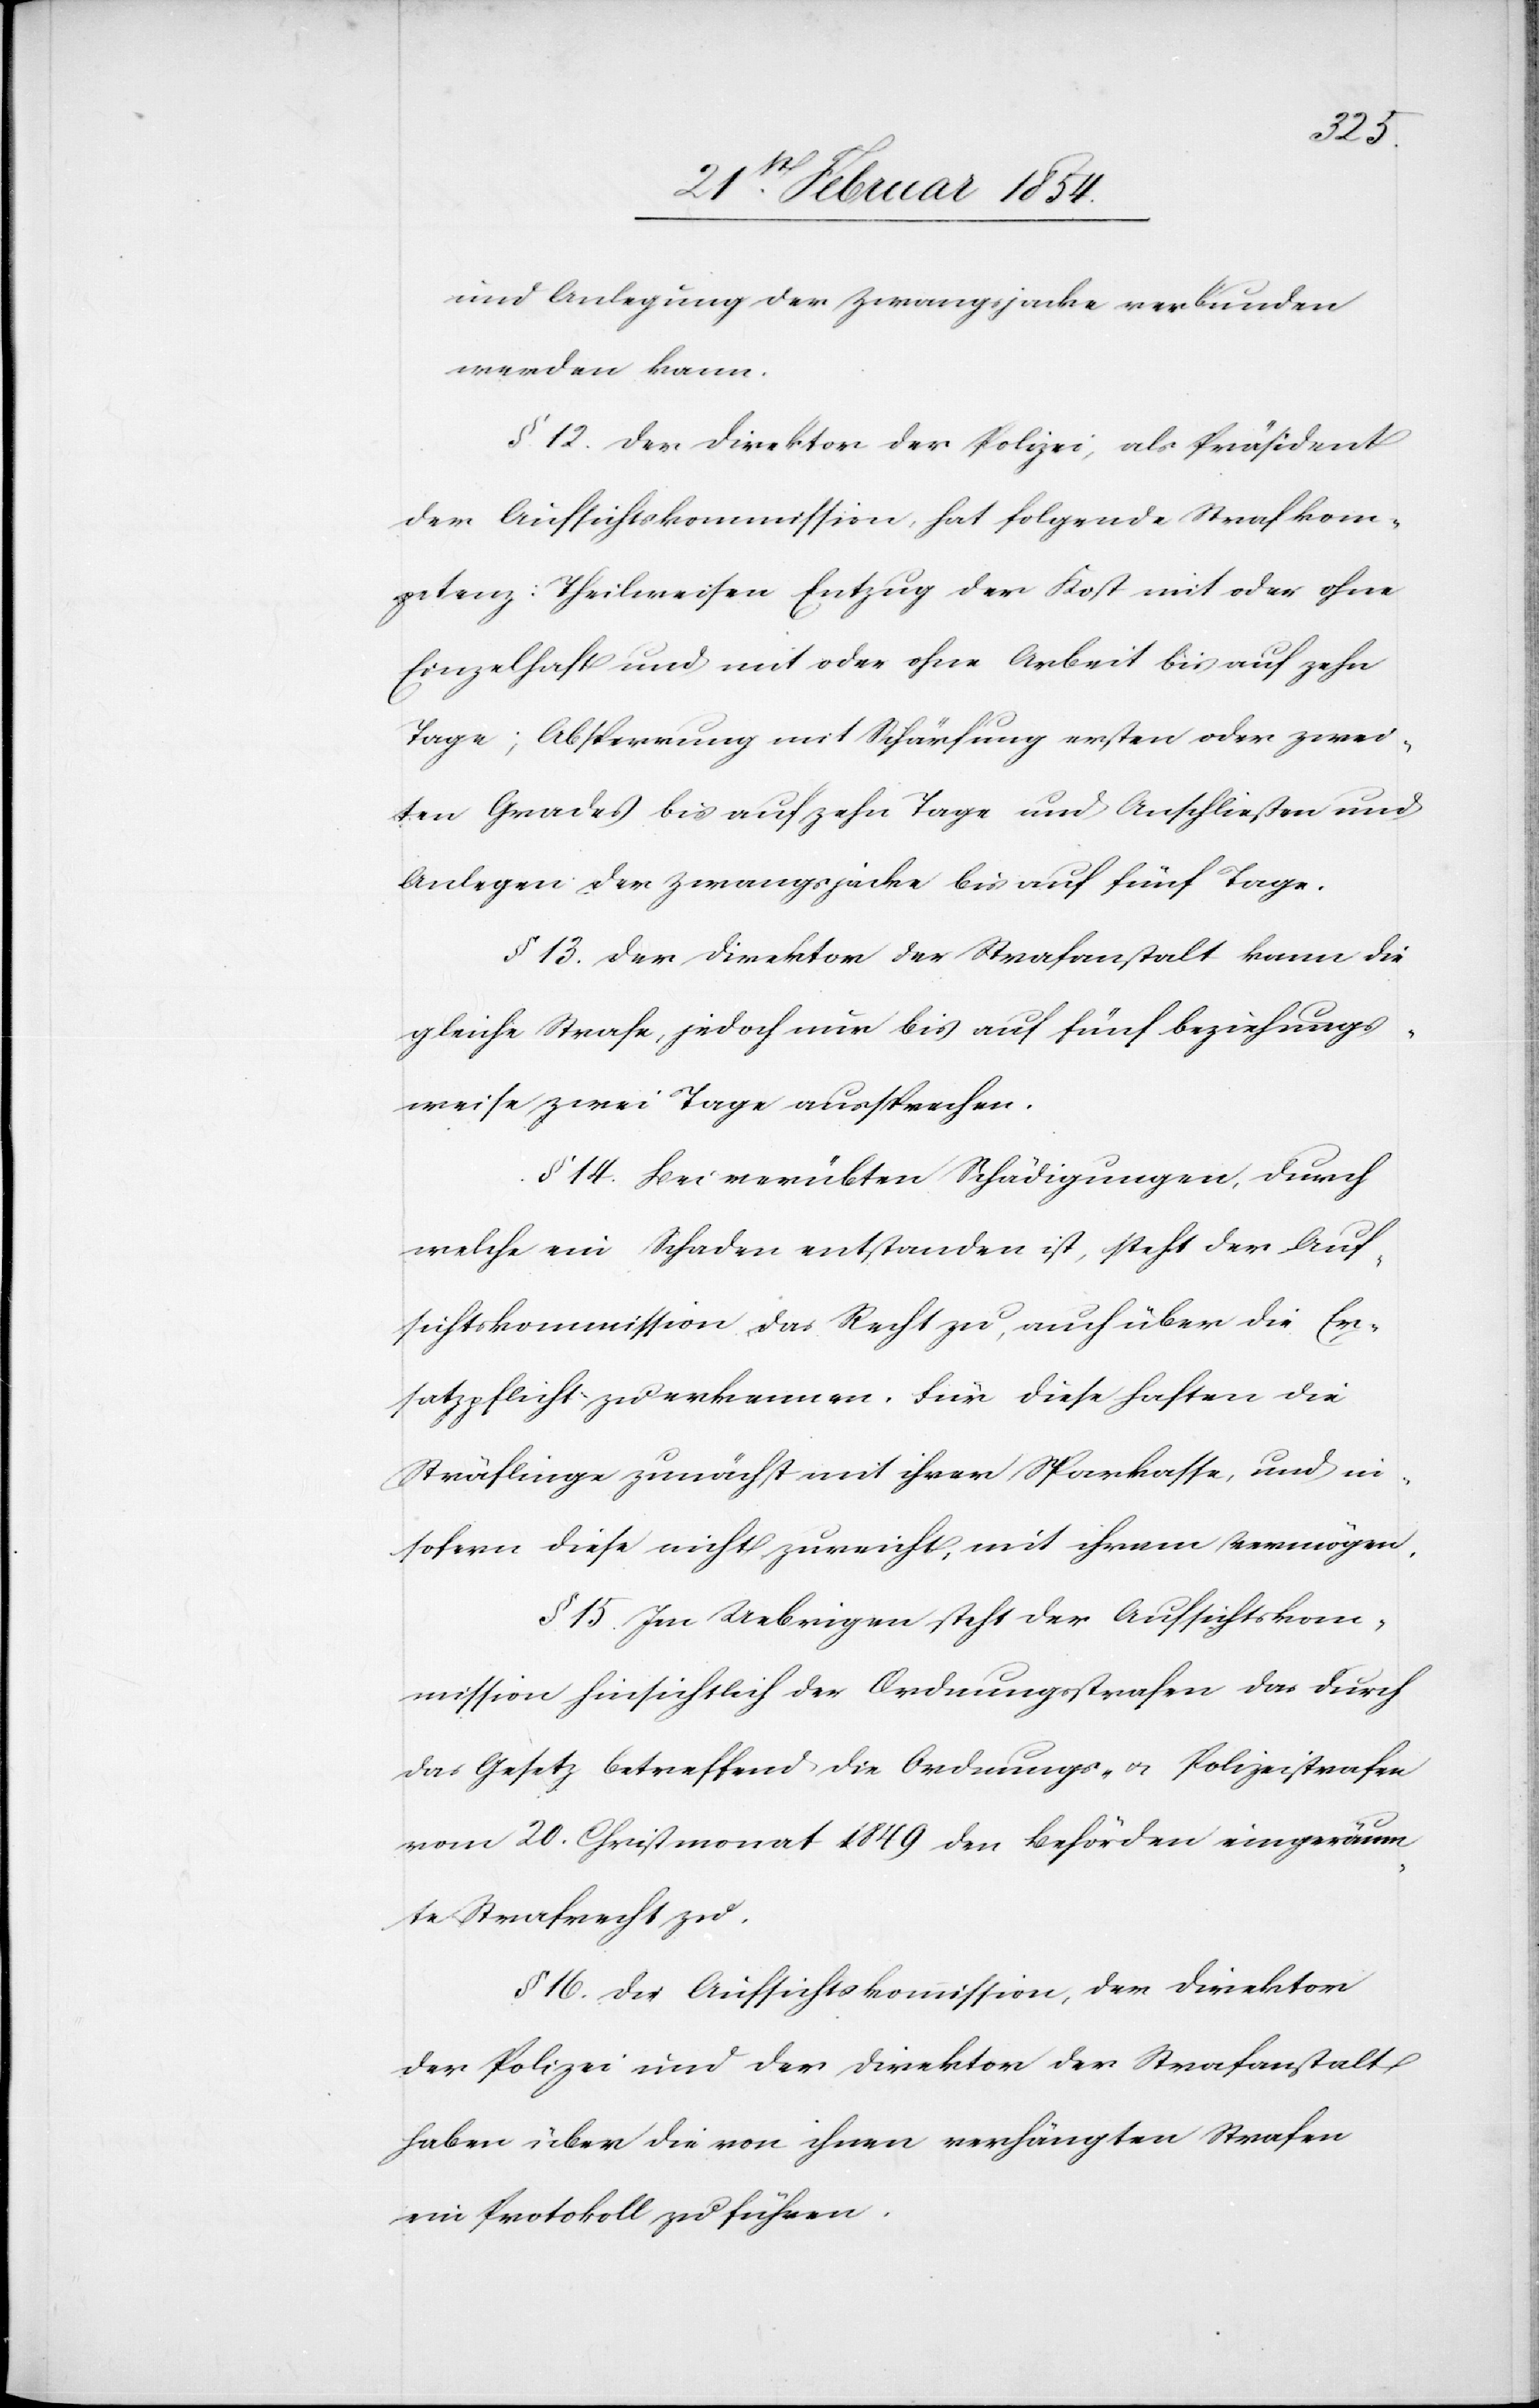
und Anlegung der Zwangsjacke verbunden
werden kann.
§. 12. Der Direktor der Polizei, als Präsident
der Aufsichtskommission, hat folgende Strafkom¬
petenz: Theilweiser Entzug der Kost mit oder ohne
Einzelhaft und mit oder ohne Arbeit bis auf zehn
Tage; Absperrung mit Schärfung ersten oder zwei¬
ten Grades bis auf zehn Tage und Anschließen und
anlegen der Zwangsjacke bis auf fünf Tage.
§ 13. Der Direktor der Strafanstalt kann die
gleiche Strafe, jedoch nur bis auf fünf beziehungs¬
weise zwei Tage aussprechen.
§ 14. Bei verübten Schädigungen, durch
welche ein Schaden entstanden ist, steht der Auf¬
sichtskommission das Recht zu, auch über die Er¬
satzpflicht zu erkennen. Für diese haften die
Sträflinge zunächst mit ihrer Sparkasse, und in¬
sofern diese nicht zureicht, mit ihrem Vermögen.
§ 15. Im Uebrigen steht der Aufsichtskom¬
mission hinsichtlich der Ordnungsstrafen das durch
das Gesetz betreffend die Ordnungs- u. Polizeistrafen
vom 20. Christmonat 1849 den Behörden eingeräum¬
te Strafrecht zu.
§ 16. Die Aufsichtskommission, der Direktor
der Polizei und der Direktor der Strafanstalt
haben über die von ihnen verhängten Strafen
ein Protokoll zu führen.